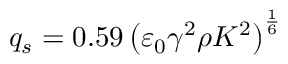
q _ { s } = 0 . 5 9 \left( \varepsilon _ { 0 } \gamma ^ { 2 } \rho K ^ { 2 } \right) ^ { \frac { 1 } { 6 } }